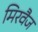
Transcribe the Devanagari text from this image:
मिरवैज